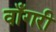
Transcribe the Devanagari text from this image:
वाँगरी